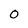
Character: 0